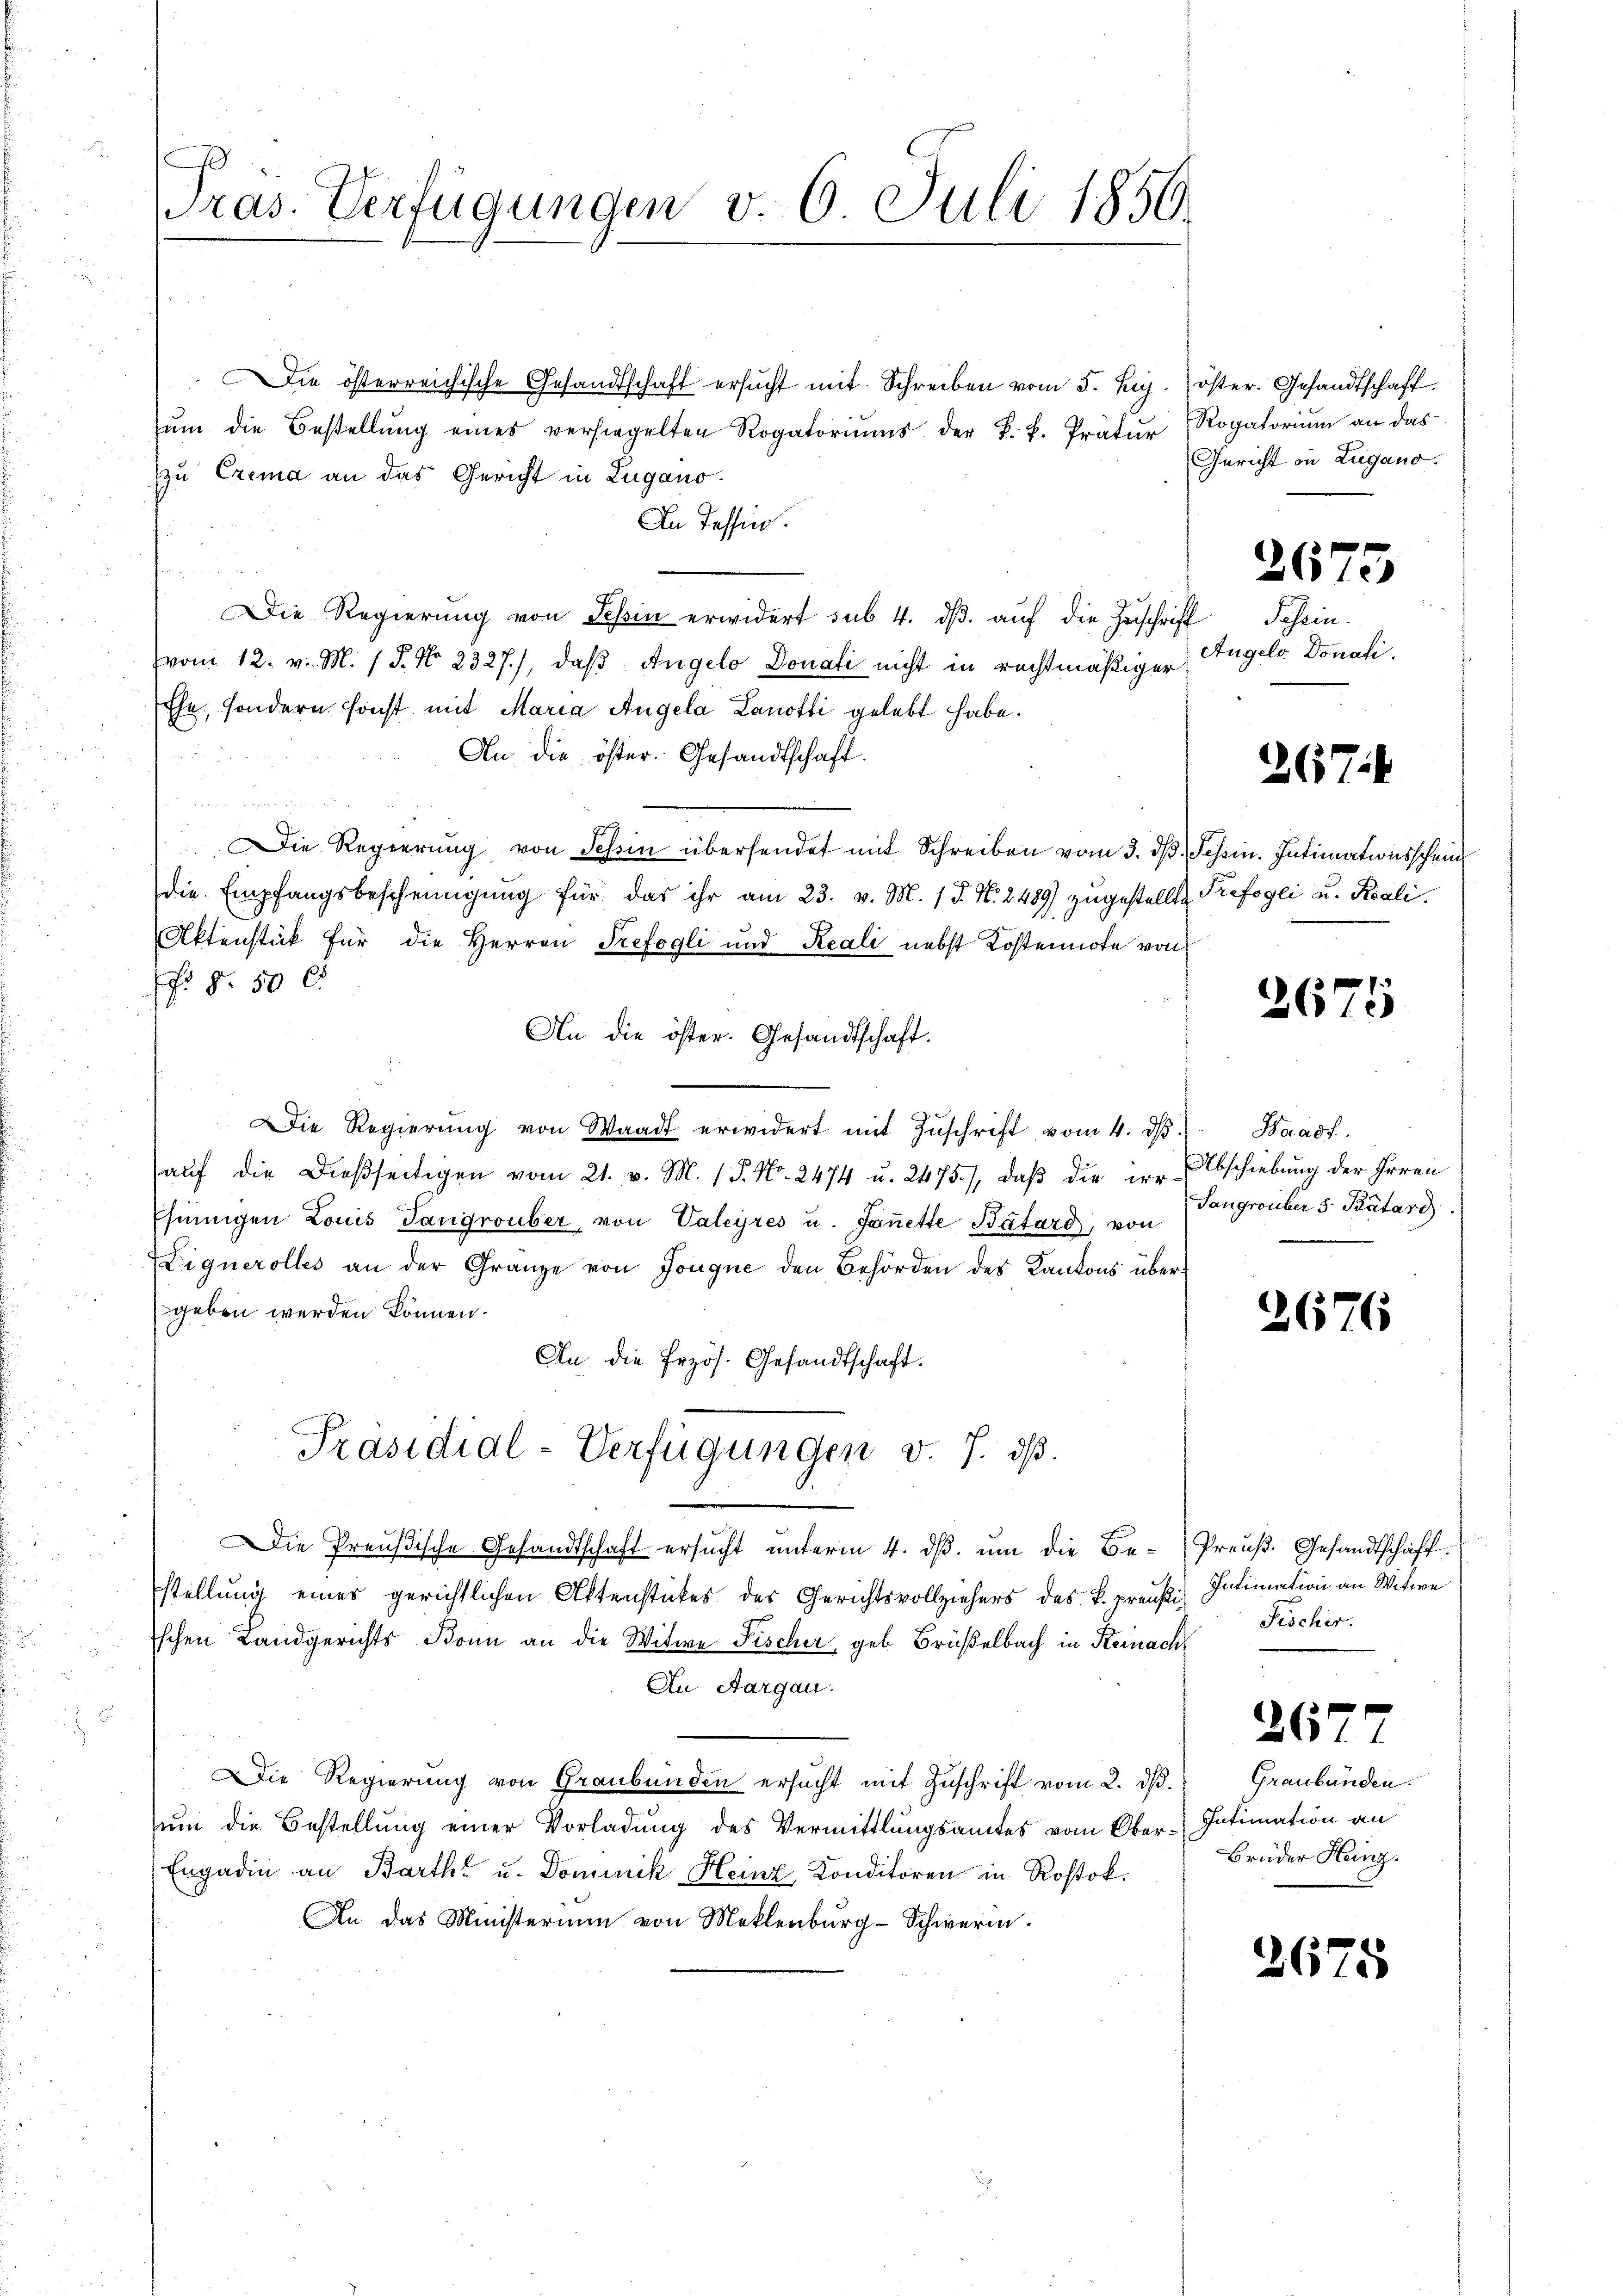
o
ras. Verfügungen v. 6 Juli 1850.

Die österreichische Gesandtschaft ersucht mit Schreiben vom 5. huj.
ŭm die Bestellŭng eines versiegelten Rogatoriŭms. der k. k. Pratur
zu Exema an das Gericht in Lugano.
In Tessin.
Die Regierung von Schin erwidert sub. 4. dβ aŭf die Zuschrif
vom 12. v. M. 18. No. 2327), daß Angelo Donati nicht in rechtmäßiger
Ehe, sondern sonst mit Maria Angela Lanotti gelebt habe.
s
An die öster Gesandtschaft.
Die Regierŭng von Schin übersendet mit Schreiben vom 3. dβ.
die Empfangsbescheinigŭng für das ihr am 23. v. M. 1 P. Nr. 2489) zŭgestellte
Aktenstück für die Herren Trefogli und Reali nebst Kostennote von
. §. 50 l.
An die öster. Gesandtschaft.
Die Regierŭng von Waadt erwidert mit Zŭschrift vom 4. dβ. Waadt.
aŭf die dießseitigen vom 21. v. M. 1 S. Nr. 2474 u. 2475), daβ die in Abschiebung der Irren
Ehningen Louis Tangrouber, von Valeyres u. Janette Bátard, von
Lignerolles an der Gränze von Jongue den Behörden des Kantons übergeben werden können.
An die Erzös. Gesandtschaft.
Präsidial-Verfügungen v. J. dß.
Die Preußische Gesandtschaft ersucht unterm 4. ds. um die Bestellung eines gerichtlichen Aktenstückes des Gerichtsvollziehers des k. preußischen Landgerichts Bonn an die Witwe Fischer, geb Brüßelbach in Steinach
An Aargau.
Die Regierung von Graubünden ersucht mit Zuschrift vom 2. d. Graubünden.
zum die Bestellung einer Vorladung des Vermittlungsamtes vom Ober-Intimation an
Engadin an Barthe u. Dominik Heinz, Konditoren in Rostok.
An das Ministerium von Meklenburg-Schwerin.

öster. Gesandtschaft.
Rogatorium an das
Gericht in Zugano.

2675

4 Schein.
Angeld. Donati.

267.

Tessin. Intimationsschein
 Trefogli u. Reali.

2675

Sangrouber 5. Patari

2676

Preuß. Gesandtschaft.
Intimation an Witwe
Fischer.

¬

6

Brüder Heinz

2675